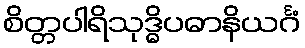
စိတ္တပါရိသုဒ္ဓိပဓာနိယင်္ဂံ